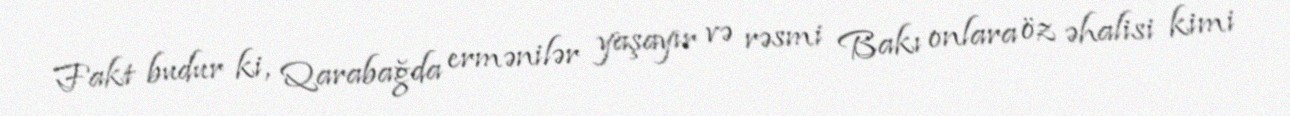
Fakt budur ki, Qarabağda ermənilər yaşayır və rəsmi Bakı onlara öz əhalisi kimi